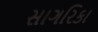
સાગરિકા